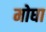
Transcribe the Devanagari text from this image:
मोघा